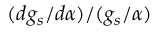
( d g _ { s } / d \alpha ) / ( g _ { s } / \alpha )